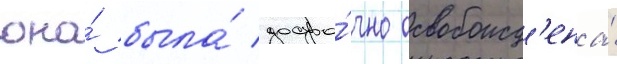
она́ была́ досро́чно освобожд'ена́